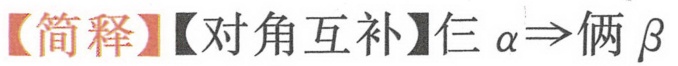
【简释】【对角互补】仨$\alpha\Rightarrow$俩$\beta$